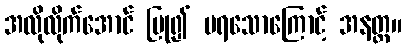
အလိုလိုက်အောင် ပြု၍ မရသောကြောင့် အနတ္တ။